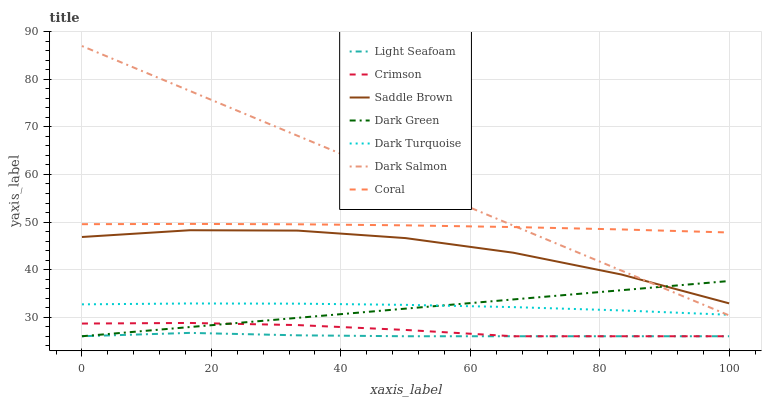
| xaxis_label | Light Seafoam | Crimson | Saddle Brown | Dark Green | Dark Turquoise | Dark Salmon | Coral |
 | --- | --- | --- | --- | --- | --- | --- | --- |
 | 0 | 26 | 28.7 | 46.9 | 26 | 32.7 | 87 | 49.6 |
 | 16.7 | 26.7 | 28.8 | 48.3 | 27.9 | 32.9 | 77.6 | 49.6 |
 | 33.3 | 26.2 | 28.3 | 48.2 | 29.9 | 32.9 | 68.1 | 49.5 |
 | 50 | 26 | 27.3 | 46.6 | 31.8 | 32.6 | 58.7 | 49.3 |
 | 66.7 | 26 | 26 | 43.6 | 33.7 | 32.1 | 49.3 | 48.9 |
 | 83.3 | 26 | 26 | 39 | 35.7 | 31.4 | 39.8 | 48.4 |
 | 100 | 26 | 26 | 32.9 | 37.6 | 30.5 | 30.4 | 47.8 |